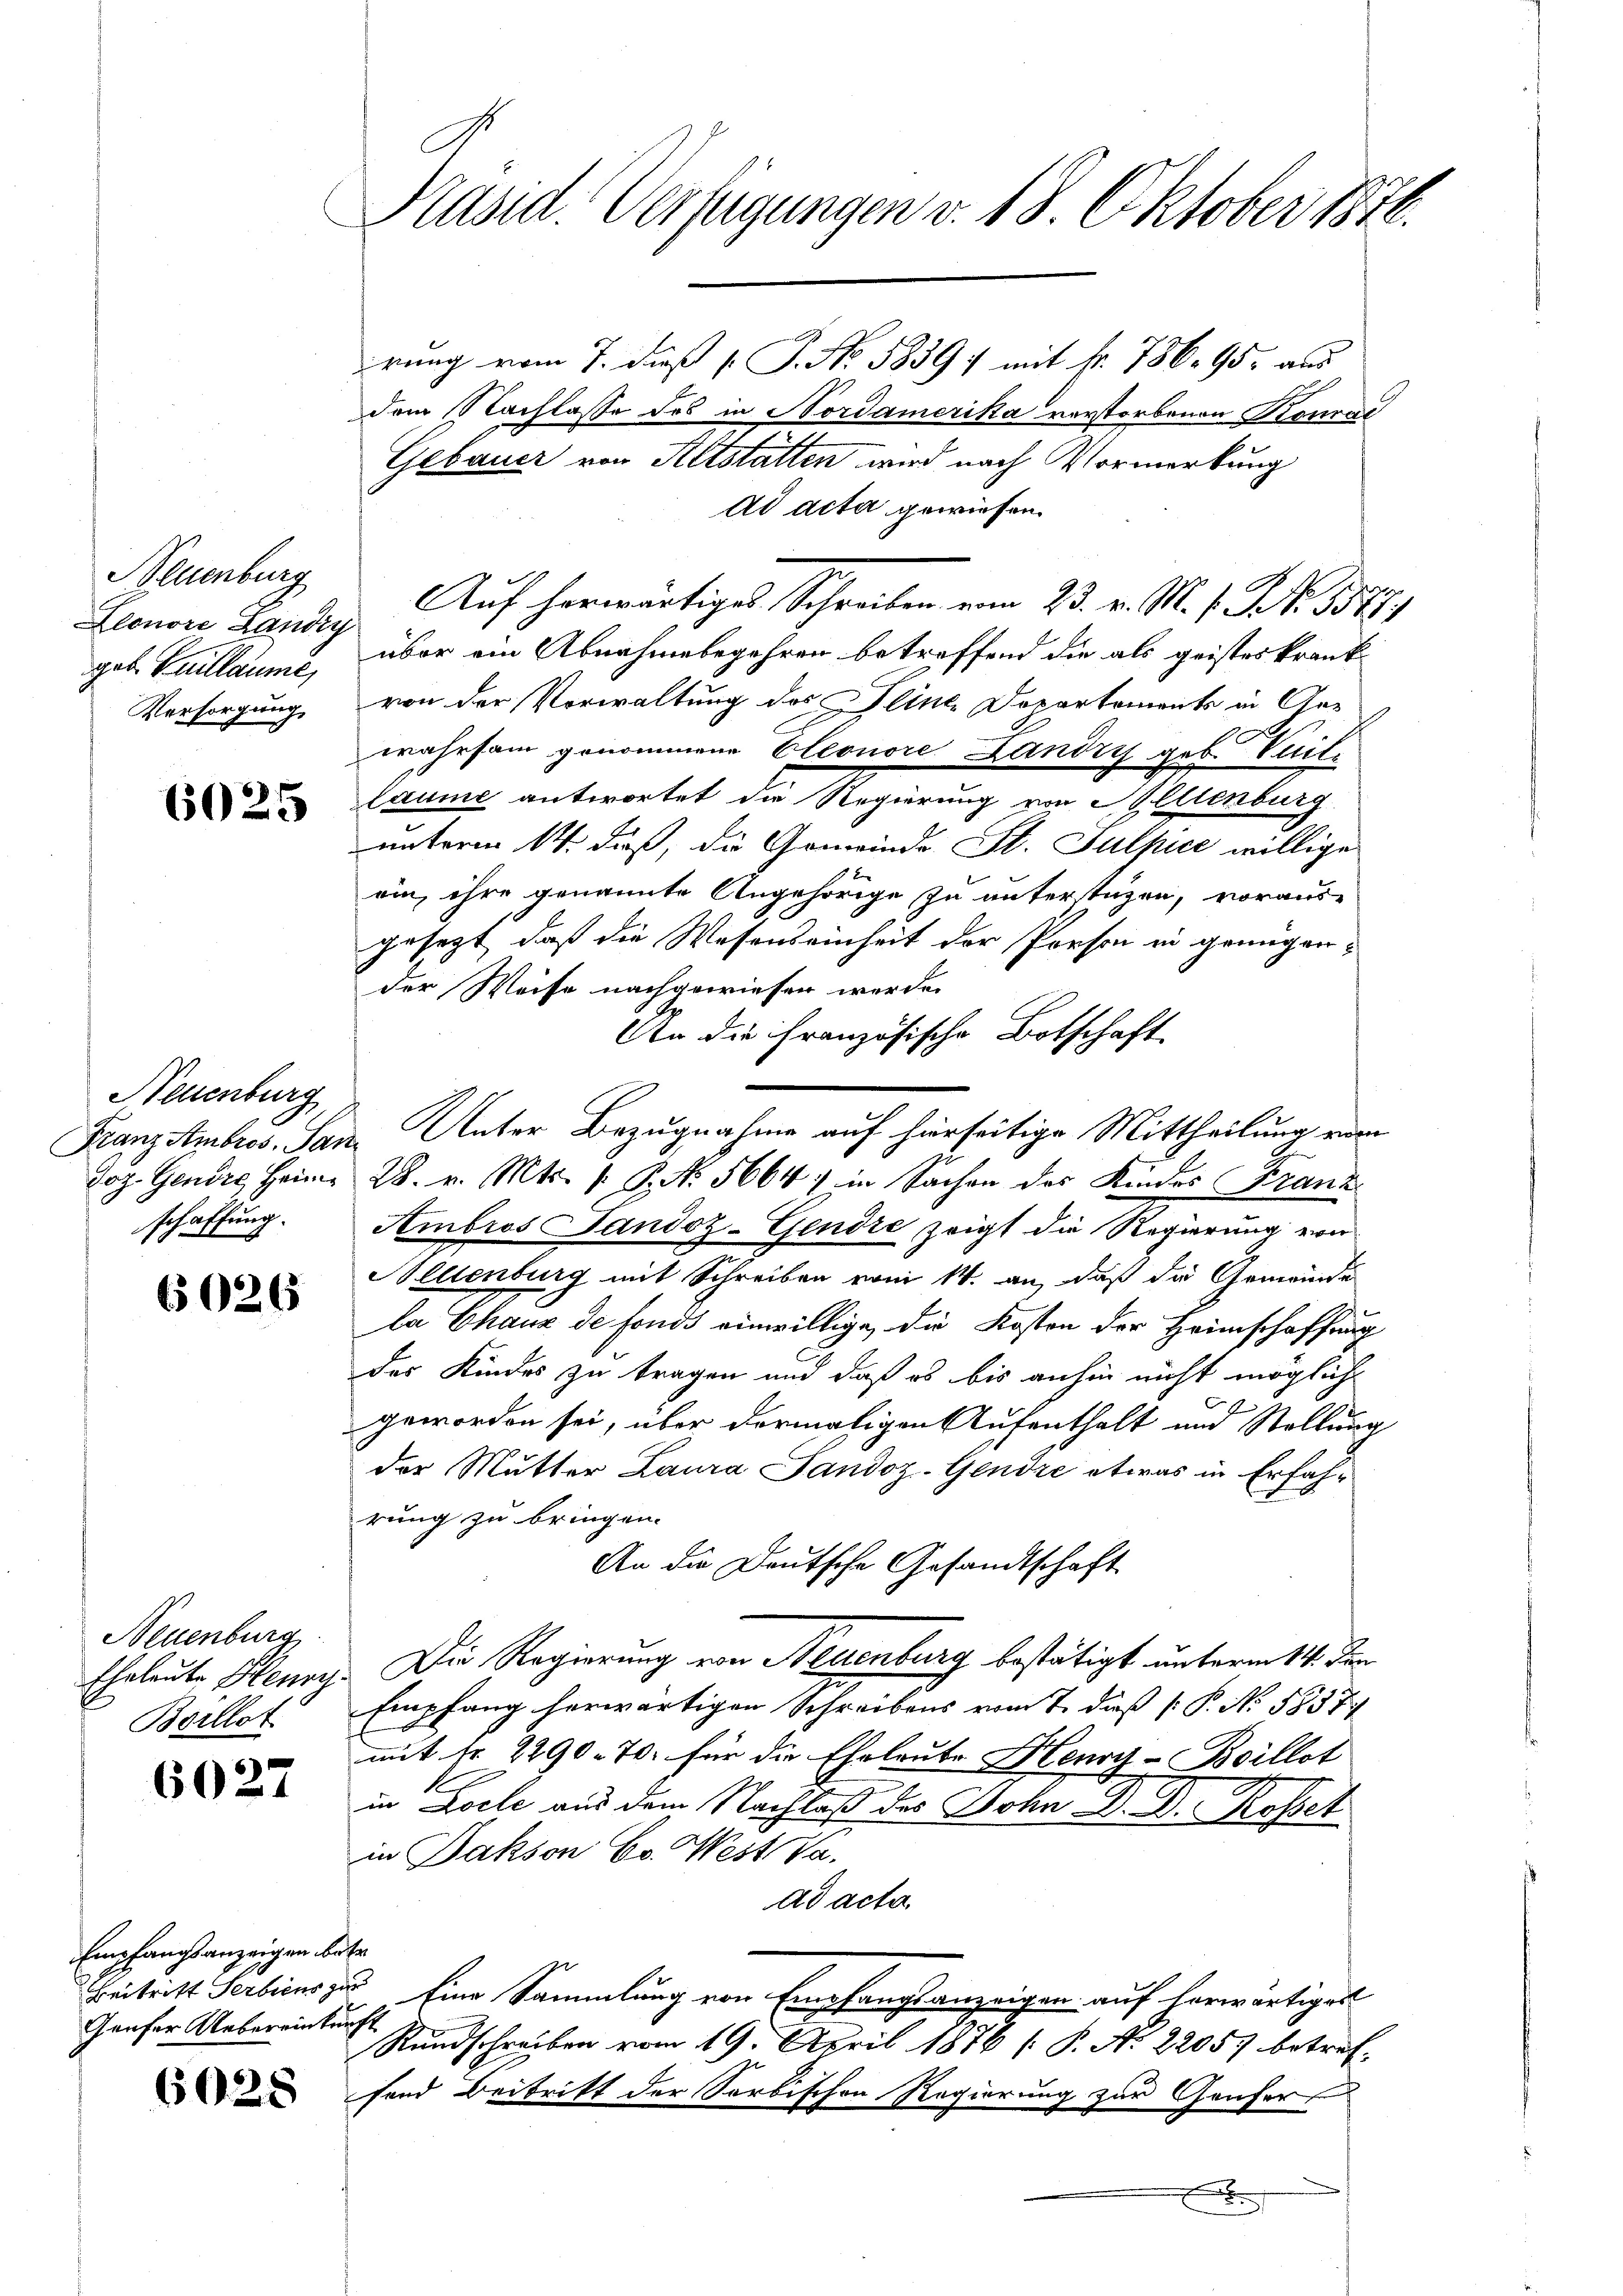
Neuenburg
Zeonore Landry
geb. Guillaume,
Versorgung,

6025

Neuenburg
Joz. Genere Heimschaffung.

6026

Neuenburg.
Eheleute Henry
Borllot

6027

Empfangsanzeigen be¬
Beitritt Serbiens zu
Geuser Ueberrinken

6028

Präsid. Verfügungen v. 18. Oktober 1876.

rung vom 7. dieß [ P. No. 5839) mit k. 786. 95. aus
dem Nachlasse des in Nordamerika verstorbenen Konrad
Gebauer von Altstatten wird nach Vormerkung
Ad acta gewiesen.
Auf herwärtiges Schreiben vom 23. v. M. v. NNo. 5577.
über ein Abnahmebegehren betreffend die als geisteskrank
von der Vorwaltung des Flinte Dopartements in Gewahrsam genommene Cleonore Landry geb. Vuit.
laume antwortet die Regierung von Illienburg
unterm 11. daß, die Gemeinde St. Sulpice willige
ein, ihre genannte Angehörige zu unterstüzen, voraus-
gesezt, daß die Wesenseinheit der Person in genügender Weise nachgewiesen werde.
An die Französische Botschaft
uer
28. v. Mts. 1. P. No. 5664 in Sachen des Kindes Franz
Ambros Sandoz-Gendre zeigt die Regierung von
Seltenburg mit Schreiben vom 14. an, daß da Gemeinde
la Chaux de fonds einwillige, die Kosten der Heimschaffung
des Kindes zu tragen und daß es bis anhin nicht mögliche
geworden sei, über dermaligen Aufenthalt und Stellung
der Mutter Laura Jandoz-Gendre etwas in Erfahrung zu bringen.
An die Deutsche Gesandtschaft
Die Regierung von Neuenburg bestätigt unterm 14. Juni
Empfang herwärtigen Schreibens vom 7. daß P. N. 5837
mit fr. 2290. 70. für die Eheleute Henry-Boillot
in Loele aus dem Nachlaß des Sohn Dr. D. Rossel
in Jakson Co. West da.
ad acta
e
u Eine Sammlung von Empfangsanzeigen auf herwärtiges
h
Rundschreiben vom 19. April 1876 (: P. A. 2205 betreffand Beitritt der Serbischen Regierung zur Genfer
.
d

Franz Ambros, San. Unter Bezugnahme auf hierseitige Mittheilung vom